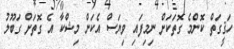
ހަޤީގަތް ކޮންމެ ގޮތަކަށް ނިމިފައި ވިޔަސް އެކަން މިޝްކާ އެ ގޮތަށް ގަބޫލު